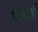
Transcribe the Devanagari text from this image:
पिछोडी